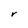
Character: r